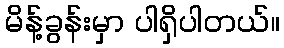
မိန့်ခွန်းမှာ ပါရှိပါတယ်။